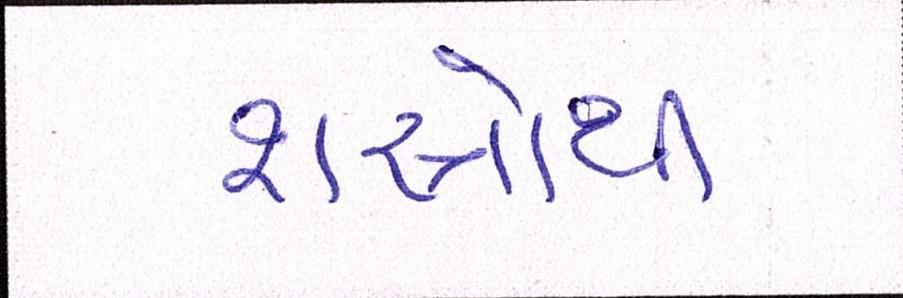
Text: શસ્ત્રોથી